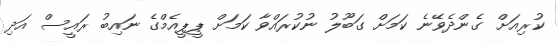
ކުރިއަށް ގެންދެވޭނެ ކަމަށް ގަބޫލު ނުކުރައްވާ ކަމަށް ޕީޕީއެމްގެ ނައިބު ރައީސް އަދި